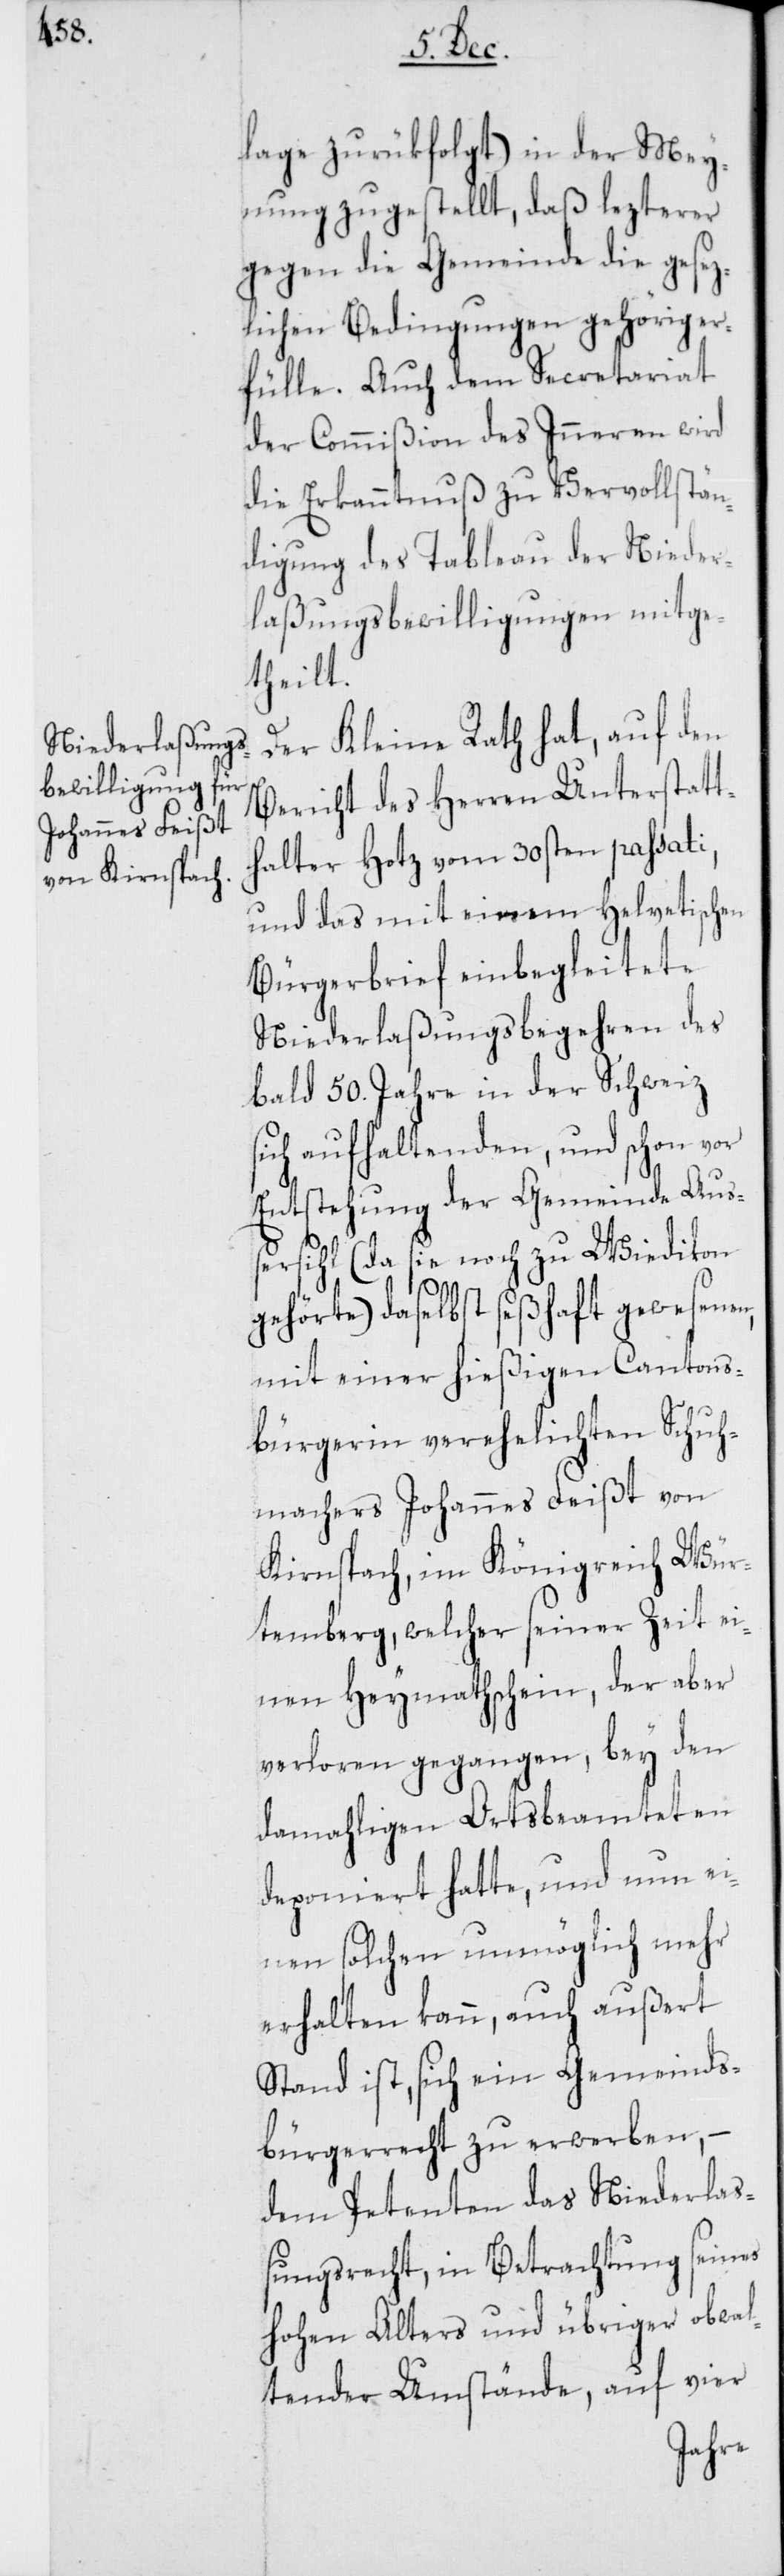
lage zurükfolgt) in der Mey¬
nung zugestellt, daß lezterer
gegen die Gemeinde die gesez¬
lichen Bedingungen gehörig er¬
fülle. Auch dem Secretariat
der Commißion des Inneren wird
die Erkanntnuß zu Vervollstän¬
digung des Tableau der Nieder¬
laßungsbewilligungen mitge¬
theilt.
Der Kleine Rath hat, auf den
Bericht des Herren Unterstatt¬
halter Hotz vom 30sten passati,
und das mit einem helvetischen
Bürgerbrief einbegleitete
Niederlaßungsbegehren des
bald 50. Jahre in der Schweiz
sich aufhaltenden, und schon vor
Entstehung der Gemeinde Auß¬
ersihl (da sie noch zu Wiedikon
gehörte) daselbst seßhaft gewesenen,
mit einer hießigen Cantons¬
bürgerin verehelichten Schuh¬
machers Johannes Feißt von
Kirnspach, im Königreich Wür¬
temberg, welcher seiner Zeit ei¬
nen Heymathschein, der aber
verloren gegangen, bey den
damahligen Ortsbeamteten
deponiert hatte, und nun ei¬
nen solchen unmöglich mehr
erhalten kann, auch außert
Stand ist, sich ein Gemeinds¬
bürgerrecht zu erwerben, –
dem Petenten das Niederla¬
ßungsrecht, in Betrachtung seines
hohen Alters und übriger obwal¬
tender Umstände, auf vier